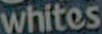
whites